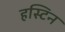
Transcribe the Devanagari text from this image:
हस्टिन